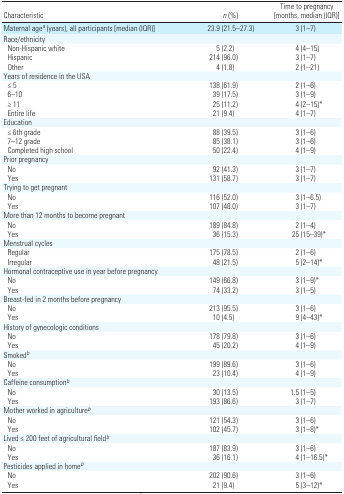
<table><thead><tr><td><b>Characteristic</b></td><td><b><i>n</i> (%)</b></td><td><b>Time to pregnancy [months, median (IQR)]</b></td></tr></thead><tbody><tr><td>Maternal agea (years), all participants [median (IQR)]</td><td>23.9 (21.5–27.3)</td><td>3 (1–7)</td></tr><tr><td colspan="3">Race/ethnicity</td></tr><tr><td> Non-Hispanic white</td><td>5 (2.2)</td><td>4 (4–15)</td></tr><tr><td> Hispanic</td><td>214 (96.0)</td><td>3 (1–7)</td></tr><tr><td> Other</td><td>4 (1.8)</td><td>2 (1–21)</td></tr><tr><td colspan="3">Years of residence in the USA</td></tr><tr><td> ≤ 5</td><td>138 (61.9)</td><td>2 (1–6)</td></tr><tr><td> 6–10</td><td>39 (17.5)</td><td>3 (1–9)</td></tr><tr><td> ≥ 11</td><td>25 (11.2)</td><td>4 (2–15)*</td></tr><tr><td> Entire life</td><td>21 (9.4)</td><td>4 (1–7)</td></tr><tr><td colspan="3">Education</td></tr><tr><td> ≤ 6th grade</td><td>88 (39.5)</td><td>3 (1–6)</td></tr><tr><td> 7–12 grade</td><td>85 (38.1)</td><td>3 (1–6)</td></tr><tr><td> Completed high school</td><td>50 (22.4)</td><td>4 (1–9)</td></tr><tr><td colspan="3">Prior pregnancy</td></tr><tr><td> No</td><td>92 (41.3)</td><td>3 (1–7)</td></tr><tr><td> Yes</td><td>131 (58.7)</td><td>3 (1–7)</td></tr><tr><td colspan="3">Trying to get pregnant</td></tr><tr><td> No</td><td>116 (52.0)</td><td>3 (1–6.5)</td></tr><tr><td> Yes</td><td>107 (48.0)</td><td>3 (1–7)</td></tr><tr><td colspan="3">More than 12 months to become pregnant</td></tr><tr><td> No</td><td>189 (84.8)</td><td>2 (1–4)</td></tr><tr><td> Yes</td><td>36 (15.3)</td><td>25 (15–39)*</td></tr><tr><td colspan="3">Menstrual cycles</td></tr><tr><td> Regular</td><td>175 (78.5)</td><td>2 (1–6)</td></tr><tr><td> Irregular</td><td>48 (21.5)</td><td>5 (2–14)*</td></tr><tr><td colspan="3">Hormonal contraceptive use in year before pregnancy</td></tr><tr><td> No</td><td>149 (66.8)</td><td>3 (1–9)*</td></tr><tr><td> Yes</td><td>74 (33.2)</td><td>3 (1–5)</td></tr><tr><td colspan="3">Breast-fed in 2 months before pregnancy</td></tr><tr><td> No</td><td>213 (95.5)</td><td>3 (1–6)</td></tr><tr><td> Yes</td><td>10 (4.5)</td><td>9 (4–43)*</td></tr><tr><td colspan="3">History of gynecologic conditions</td></tr><tr><td> No</td><td>178 (79.8)</td><td>3 (1–6)</td></tr><tr><td> Yes</td><td>45 (20.2)</td><td>4 (1–9)</td></tr><tr><td colspan="3">Smokedb</td></tr><tr><td> No</td><td>199 (89.6)</td><td>3 (1–6)</td></tr><tr><td> Yes</td><td>23 (10.4)</td><td>4 (1–9)</td></tr><tr><td colspan="3">Caffeine consumptionb</td></tr><tr><td> No</td><td>30 (13.5)</td><td>1.5 (1–5)</td></tr><tr><td> Yes</td><td>193 (86.6)</td><td>3 (1–7)</td></tr><tr><td colspan="3">Mother worked in agricultureb</td></tr><tr><td> No</td><td>121 (54.3)</td><td>3 (1–6)</td></tr><tr><td> Yes</td><td>102 (45.7)</td><td>3 (1–8)*</td></tr><tr><td colspan="3">Lived ≤ 200 feet of agricultural fieldb</td></tr><tr><td> No</td><td>187 (83.9)</td><td>3 (1–6)</td></tr><tr><td> Yes</td><td>36 (16.1)</td><td>4 (1–16.5)*</td></tr><tr><td colspan="3">Pesticides applied in homeb</td></tr><tr><td> No</td><td>202 (90.6)</td><td>3 (1–6)</td></tr><tr><td> Yes</td><td>21 (9.4)</td><td>5 (3–12)*</td></tr></tbody></table>